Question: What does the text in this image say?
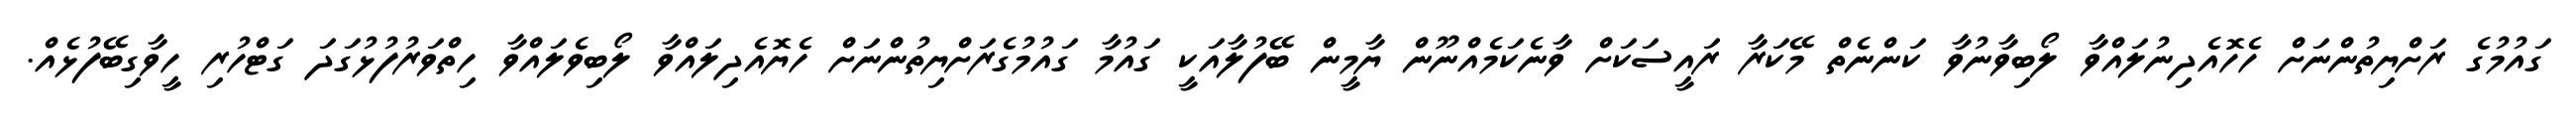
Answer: ގައުމުގެ ރަށްޔިތުންނަށް ހެހޮއެދިނުލައްވާ ލޯބިވާނުވާ ކަންނެތް މޭކަރާ ރައީސަކަށް ވާނެކަމެއްނޫން ޔާމީން ބޭފުލާއަކީ ގައުމާ ގައުމުގެރަށްޔިތުންނަށް ހެޔޮއެދިލައްވާ ލޯބިވެލައްވާ ހިތްވަރުފުޅުގަދަ ގަޓްހުރި ހީވާގިބޭފުޅެއް.